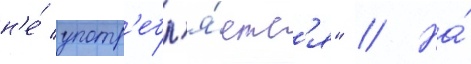
н'е́ употр'ебл'я́етс'я" // На́